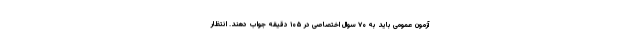
آزمون عمومی باید به ۷۰ سوال اختصاصی در ۱۰۵ دقیقه جواب دهند. انتظار